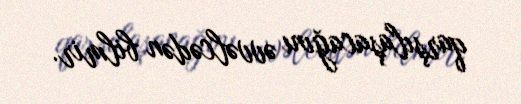
qarşılaşacağını əvvəlcədən bilmir.